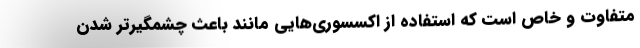
متفاوت و خاص است که استفاده از اکسسوری‌هایی مانند باعث چشمگیرتر شدن